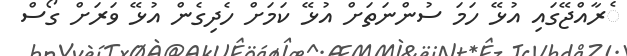
ެރާއްޖޭގައި އުޅޭ ހަމަ ސުންނަތަށް އުޅޭ ކަމަށް ހެދިގެން އުޅޭ ވަރަށް ގޯސް